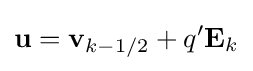
\mathbf {u} =\mathbf {v} _{k-1/2}+q'\mathbf {E} _{k}